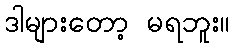
ဒါများတော့ မရဘူး။